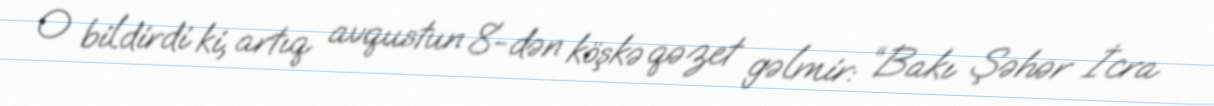
O bildirdi ki, artıq avqustun 8-dən köşkə qəzet gəlmir: “Bakı Şəhər İcra